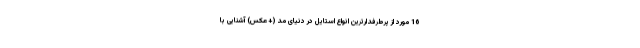
16 مورد از پرطرفدارترین انواع استایل در دنیای مد (+عکس) آشنایی با